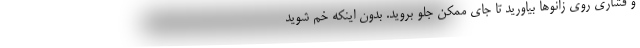
و فشاری روی زانوها بیاورید تا جای ممکن جلو بروید. بدون اینکه خم شوید